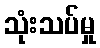
သုံးသပ်မှု